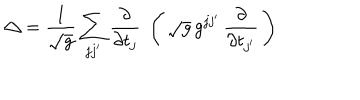
\triangle = { \frac { 1 } { \sqrt { g } } } \sum _ { j j ^ { \prime } } { \frac { \partial } { \partial t _ { j } } } \; \left( \, \sqrt { g } \, g ^ { j j ^ { \prime } } \, { \frac { \partial } { \partial t _ { j ^ { \prime } } } } \, \right)